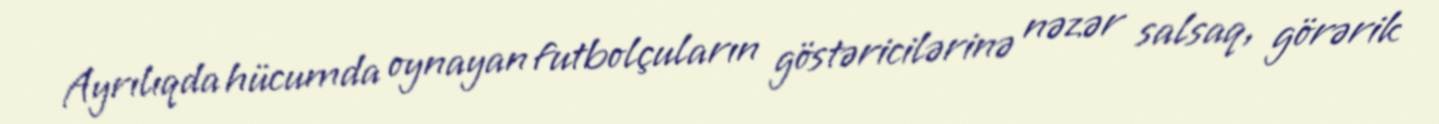
Ayrılıqda hücumda oynayan futbolçuların göstəricilərinə nəzər salsaq, görərik